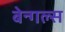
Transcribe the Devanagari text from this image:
बेन्गल्स